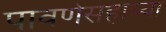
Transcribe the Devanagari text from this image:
पावणेसहाच्या